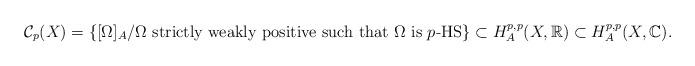
LaTeX: \begin{align*}\mathcal{C}_p(X)=\{[\Omega]_A/ \Omega \mbox{ strictly weakly positive such that } \Omega \mbox{ is } p\mbox{-HS} \}\subset H_A^{p,p}(X,\mathbb{R})\subset H_A^{p,p}(X,\mathbb{C}).\end{align*}